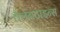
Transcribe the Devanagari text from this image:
वैलेनटाइन्स